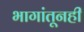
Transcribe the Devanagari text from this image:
भागांतूनही